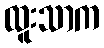
ထူးသာက